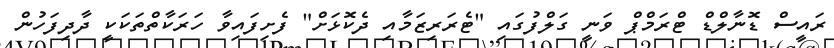
ރައީސް ޑޮނާލްޑް ޓްރަމްޕް ވަނީ ގަލްފުގައި "ޓެރަރިޒަމާއި ދެކޮޅަށް" ފެށިފައިވާ ހަރަކާތްތަކަކީ ދާދިފަހުން